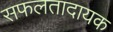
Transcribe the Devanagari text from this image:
सफलतादायक